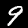
Digit: 9